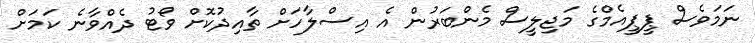
ނަމަވެސް ޕީޕީއެމްގެ މަޖިލީސް މެންބަރުން އެ އިސްލާހަށް ތާއިދުކޮށް ވޯޓު ދެއްވާނެ ކަމަށް